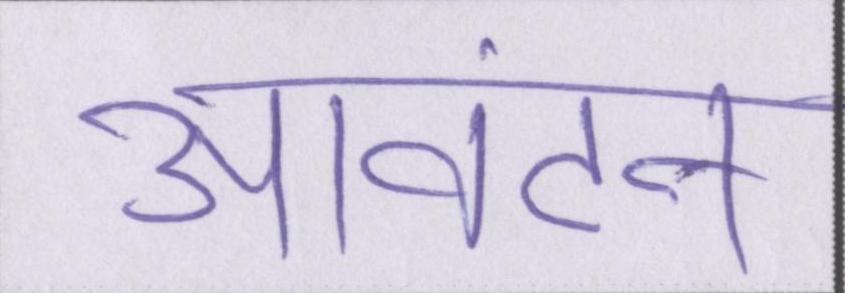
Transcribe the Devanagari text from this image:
आवंटन